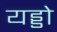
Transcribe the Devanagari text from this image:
यड्डो